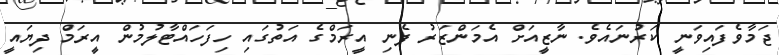
ޖަމާވެފައިވަނީ ކަރުނައެވެ. ނާޒީއަށް އެމަންޒަރު ފެނި އީރަމްގެ އަތުގައި ހިފަހައްޓާލުމުން އީރަމް ދިޔައީ